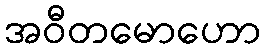
အဝီတမောဟော